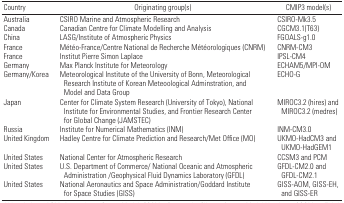
<table><thead><tr><td><b>Country</b></td><td><b>Originating group(s)</b></td><td><b>CMIP3 model(s)</b></td></tr></thead><tbody><tr><td>Australia</td><td>CSIRO Marine and Atmospheric Research</td><td>CSIRO-Mk3.5</td></tr><tr><td>Canada</td><td>Canadian Centre for Climate Modelling and Analysis</td><td>CGCM3.1(T63)</td></tr><tr><td>China</td><td>LASG/Institute of Atmospheric Physics</td><td>FGOALS-g1.0</td></tr><tr><td>France</td><td>Météo-France/Centre National de Recherche Météorologiques (CNRM)</td><td>CNRM-CM3</td></tr><tr><td>France</td><td>Institut Pierre Simon Laplace</td><td>IPSL-CM4</td></tr><tr><td>Germany</td><td>Max Planck Institute for Meteorology</td><td>ECHAM5/MPI-OM</td></tr><tr><td>Germany/Korea</td><td>Meteorological Institute of the University of Bonn, Meteorological Research Institute of Korean Meteoological Adminstration, and Model and Data Group</td><td>ECHO-G</td></tr><tr><td>Japan</td><td>Center for Climate System Research (University of Tokyo), National Institute for Environmental Studies, and Frontier Research Center for Global Change (JAMSTEC)</td><td>MIROC3.2 (hires) and MIROC3.2 (medres)</td></tr><tr><td>Russia</td><td>Institute for Numerical Mathematics (INM)</td><td>INM-CM3.0</td></tr><tr><td>United Kingdom</td><td>Hadley Centre for Climate Prediction and Research/Met Office (MO)</td><td>UKMO-HadCM3 and UKMO-HadGEM1</td></tr><tr><td>United States</td><td>National Center for Atmospheric Research</td><td>CCSM3 and PCM</td></tr><tr><td>United States</td><td>U.S. Department of Commerce/ National Oceanic and Atmospheric Administration /Geophysical Fluid Dynamics Laboratory (GFDL)</td><td>GFDL-CM2.0 and GFDL-CM2.1</td></tr><tr><td>United States</td><td>National Aeronautics and Space Administration/Goddard Institute for Space Studies (GISS)</td><td>GISS-AOM, GISS-EH, and GISS-ER</td></tr></tbody></table>